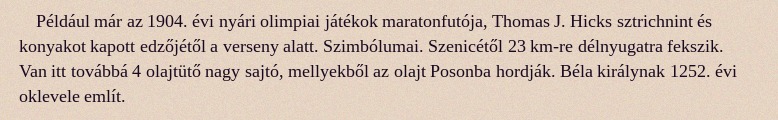
Például már az 1904. évi nyári olimpiai játékok maratonfutója, Thomas J. Hicks sztrichnint és konyakot kapott edzőjétől a verseny alatt. Szimbólumai. Szenicétől 23 km-re délnyugatra fekszik. Van itt továbbá 4 olajtütő nagy sajtó, mellyekből az olajt Posonba hordják. Béla királynak 1252. évi oklevele említ.